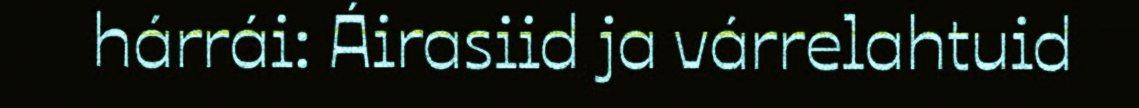
hárrái: Áirasiid ja várrelahtuid